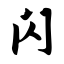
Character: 闪